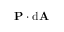
\mathbf { P } \cdot \mathrm { d } \mathbf { A }